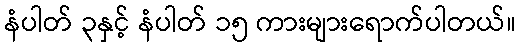
နံပါတ် ၃နှင့် နံပါတ် ၁၅ ကားများရောက်ပါတယ်။